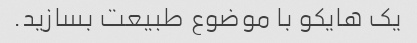
یک هایکو با موضوع طبیعت بسازید.